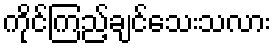
ကိုင်ကြည့်ချင်သေးသလား